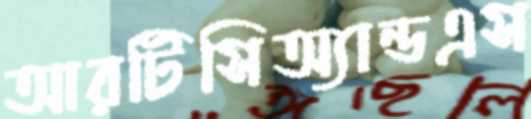
আরটিসিঅ্যান্ডএস